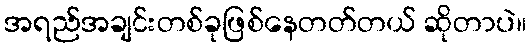
အရည်အချင်းတစ်ခုဖြစ်နေတတ်တယ် ဆိုတာပဲ။